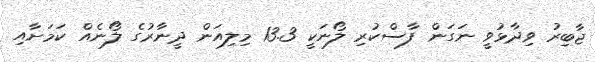
ޖާބިރު ވިދާޅުވީ ނަގަން ފާސްކުރި ލޯނަކީ 13.3 މިލިއަން ދީނާރުގެ ލޯނެއް ކަމަށާއި